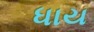
ધાય